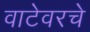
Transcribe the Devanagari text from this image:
वाटेवरचे